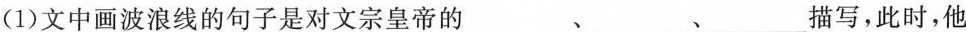
(1)文中画波浪线的句子是对文宗皇帝的___、___、___描写，此时，他